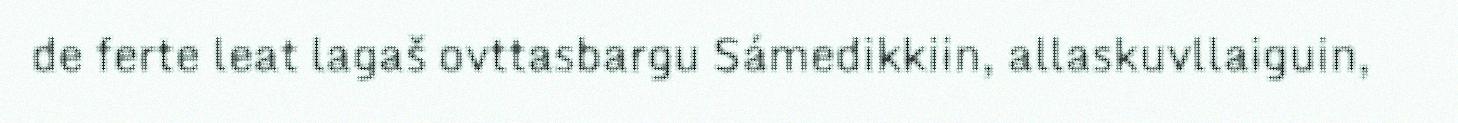
de ferte leat lagaš ovttasbargu Sámedikkiin, allaskuvllaiguin,